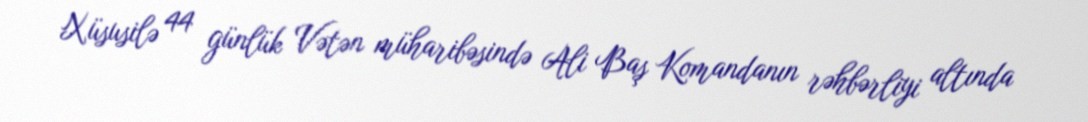
Xüsusilə 44 günlük Vətən müharibəsində Ali Baş Komandanın rəhbərliyi altında